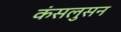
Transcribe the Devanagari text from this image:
कंसलुसन